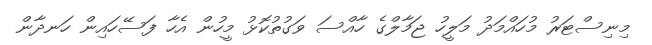
މިނިސްޓަރު މުހައްމަދު މަލީހު ޖަމާލްގެ ހާއްސަ ވަގުތުކޮޅު މީހުން އެހާ ފަސޭހައިން ހަނދާން